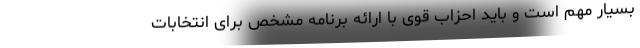
بسیار مهم است و باید احزاب قوی با ارائه برنامه مشخص برای انتخابات